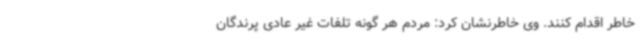
خاطر اقدام کنند. وی خاطرنشان کرد: مردم هر گونه تلفات غیر عادی پرندگان